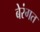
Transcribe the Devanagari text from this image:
बेरंगत